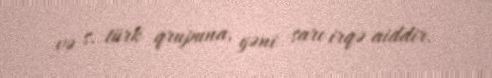
və s. türk qrupuna, yəni sarı irqə aiddir.